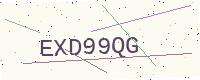
Text: EXD99QG